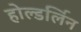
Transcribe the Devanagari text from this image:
होल्डर्लिन